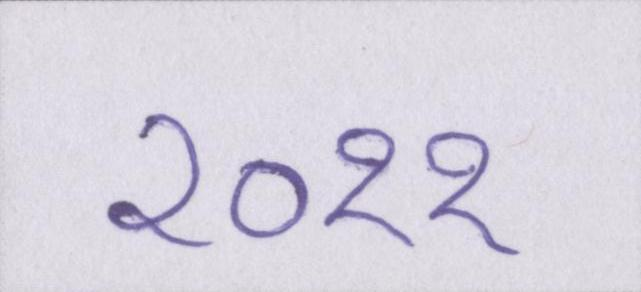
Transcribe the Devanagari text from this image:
२०११